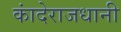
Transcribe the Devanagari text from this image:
कांदेराजधानी